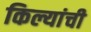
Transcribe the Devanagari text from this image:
किल्यांची